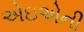
એઇએની